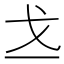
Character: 𪭉